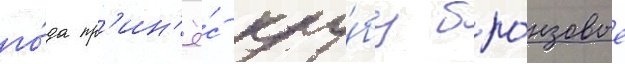
го́да пр'ин'ё́с клу́бу бро́нзовые